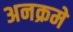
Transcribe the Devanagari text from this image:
अनक्रमे